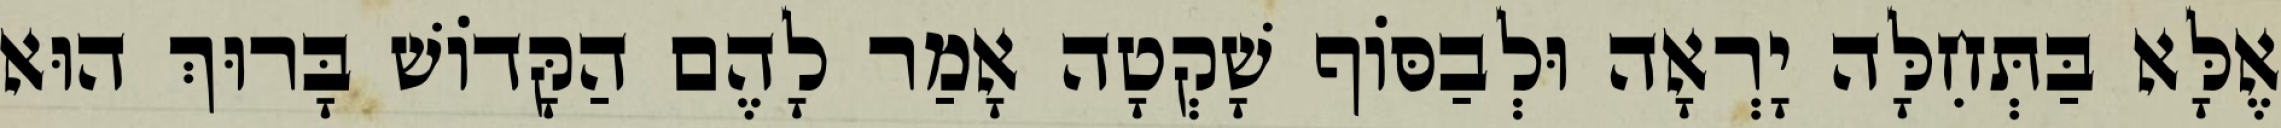
אֶלָּא בַּתְּחִלָּה יָרְאָה וּלְבַסּוֹף שָׁקְטָה אָמַר לָהֶם הַקָּדוֹשׁ בָּרוּךְ הוּא